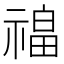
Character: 𰨎